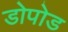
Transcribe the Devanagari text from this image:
डोपोड